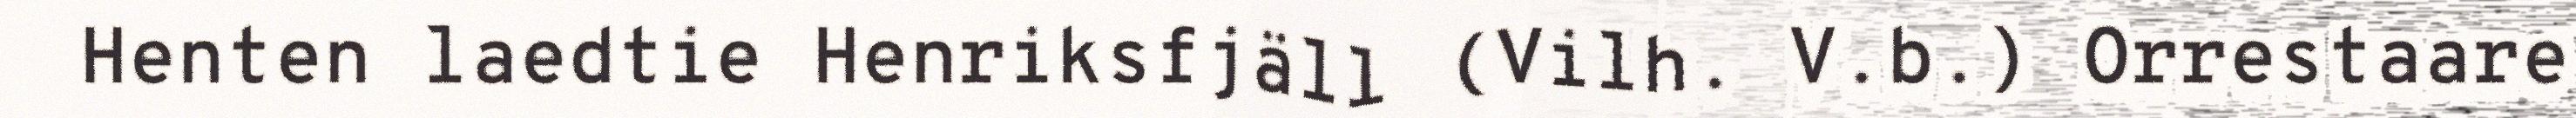
Henten laedtie Henriksfjäll (Vilh. V.b.) Orrestaare